Annual administration report of the Civil Veterinary Department of India - 1896-1897
Year: 1896
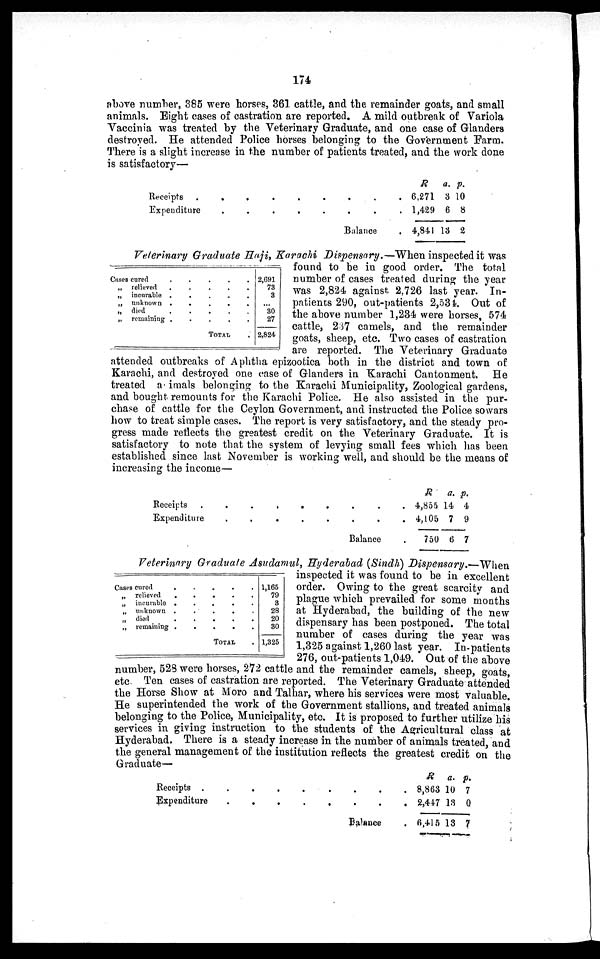
174
above number, 385 were horses, 361 cattle, and the remainder goats, and small
animals. Eight cases of castration are reported. A mild outbreak of Variola
Vaccinia was treated by the Veterinary Graduate, and one case of Glanders
destroyed. He attended Police horses belonging to the Government Farm.
There is a slight increase in the number of patients treated, and the work done
is satisfactory—
Receipts .
.
.
.
.
.
.
.
Expenditure
.
.
.
.
.
.
.
Balance
R
6,271
1,429
4,841
a.
3
6
13
p.
10
8
2
Veterinary Graduate Haji, Karachi Dispensary.—When inspected it was
found to be in good order. The total
number of cases treated during the year
was 2,824 against 2,726 last year. In-
patients 290, out-patients 2,534. Out of
the above number 1,234 were horses, 574
cattle, 237 camels, and the remainder
goats, sheep, etc. Two cases of castration
are reported. The Veterinary Graduate
attended outbreaks of Aphtha epizootica both in the district and town of
Karachi, and destroyed one case of Glanders in Karachi Cantonment. He
treated animals belonging to the Karachi Municipality, Zoological gardens,
and bought remounts for the Karachi Police. He also assisted in. the pur-
chase of cattle for the Ceylon Government, and instructed the Police sowars
how to treat simple cases. The report is very satisfactory, and the steady pro-
gress made reflects the greatest credit on the Veterinary Graduate. It is
satisfactory to note that the system of levying small fees which has been
established since last November is working well, and should be the means of
increasing the income—
Cases cured . . . . .
„ relieved
.
.
.
.
.
„ incurable . . . . .
„ unknown
.
.
.
.
.
„ died . . . . .
„ remaining . . . . .
TOTAL .
2,691
73
3
...
30
27
2,824
Receipts
.
.
.
.
.
.
.
Expenditure
.
.
.
.
.
.
Balance .
R
4,855
4,105
750
a.
14
7
6
p.
4
9
7
Veterinary Graduate Asudamul, Hyderabad (Sindh) Dispensary.—When
inspected it was found to be in excellent
order. Owing to the great scarcity and
plague which prevailed for some months
at Hyderabad, the building of the new
dispensary has been postponed. The total
number of cases during the year was
1,325 against 1,260 last year. In-patients
276, out-patients 1,049. Out of the above
number, 528 were horses, 272 cattle and the remainder camels, sheep, goats,
etc. Ten cases of castration are reported. The Veterinary Graduate attended
the Horse Show at Moro and Talhar, where his services were most valuable.
He superintended the work of the Government stallions, and treated animals
belonging to the Police, Municipality, etc. It is proposed to further utilize his
services in giving instruction to the students of the Agricultural class at
Hyderabad. There is a steady increase in the number of animals treated, and
the general management of the institution reflects the greatest credit on the
Graduate—
Cases cured . . . . .
„ relieved . . . . .
„ incurable . . . . .
„ unknown . . . . .
„ died . . . . .
„ remaining
TOTAL .
1,165
79
3
28
20
30
1,325
Receipts .
.
.
.
.
.
.
.
.
Expenditure
.
.
.
.
.
.
.
Balance .
R
8,863
2,447
6,415
a.
10
13
13
p.
7
0
7